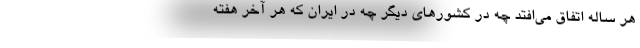
هر ساله اتفاق می‌افتد چه در کشورهای دیگر چه در ایران که هر آخر هفته